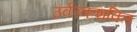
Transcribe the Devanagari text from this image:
उर्वरकशक्ति